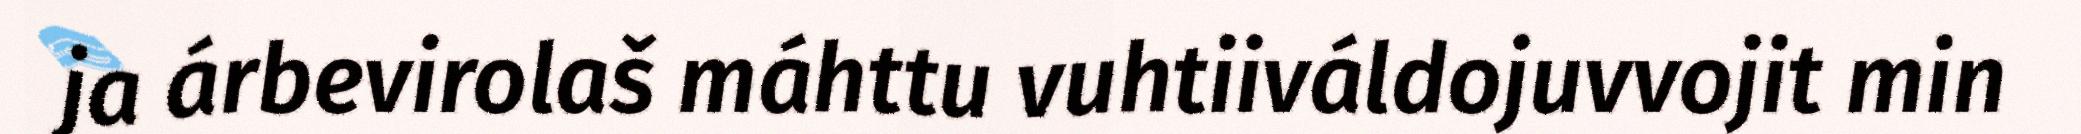
ja árbevirolaš máhttu vuhtiiváldojuvvojit min